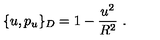
\{ u , p _ { u } \} _ { D } = 1 - \frac { u ^ { 2 } } { R ^ { 2 } } \ .